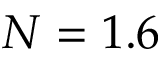
N = 1 . 6